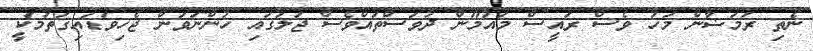
ނެތި ރަމަޟާން މަހު ވެސް ރައީސް މައުމޫން ދުވަސްތައްވެސް ޖަލުގައި ހުންނަވަން ޖެހިވަޑައިގަތުމަކީ